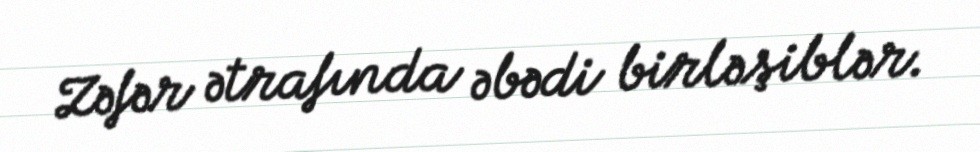
Zəfər ətrafında əbədi birləşiblər.